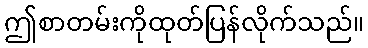
ဤစာတမ်းကိုထုတ်ပြန်လိုက်သည်။